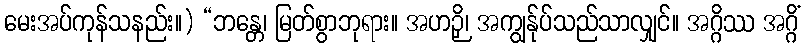
မေးအပ်ကုန်သနည်း။) “ဘန္တေ၊ မြတ်စွာဘုရား။ အဟဉှိ၊ အကျွန်ုပ်သည်သာလျှင်။ အဂ္ဂိဿ အဂ္ဂိံ